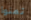
تمنوا